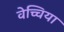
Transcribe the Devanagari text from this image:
वेच्चिया